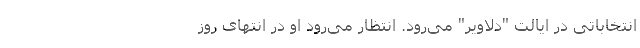
انتخاباتی در ایالت "دلاویر" می‌رود. انتظار می‌رود او در انتهای روز